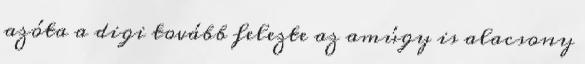
azóta a digi tovább felezte az amúgy is alacsony